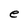
Character: e